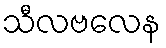
သီလဗလေန